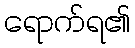
ရောက်ရ၏